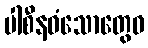
ပါစီနဝံသောတွေဝ